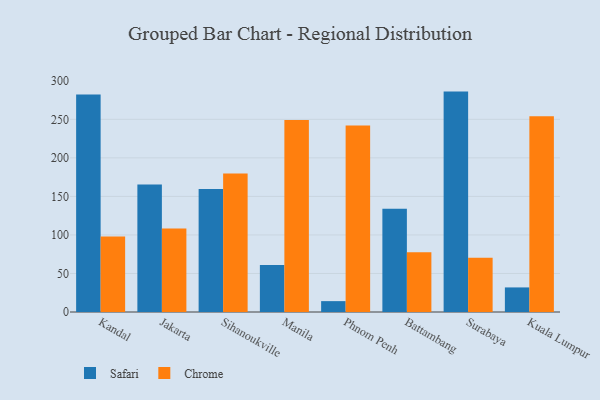
{"axis": {"x": "City", "y": "Operating Costs (USD K)"}, "legend": ["Chrome", "Safari"], "data": [{"x": "Kandal", "y": 282.1, "type": "Safari"}, {"x": "Kandal", "y": 98.1, "type": "Chrome"}, {"x": "Jakarta", "y": 165.3, "type": "Safari"}, {"x": "Jakarta", "y": 108.4, "type": "Chrome"}, {"x": "Sihanoukville", "y": 159.5, "type": "Safari"}, {"x": "Sihanoukville", "y": 179.6, "type": "Chrome"}, {"x": "Manila", "y": 61.1, "type": "Safari"}, {"x": "Manila", "y": 249.1, "type": "Chrome"}, {"x": "Phnom Penh", "y": 14.1, "type": "Safari"}, {"x": "Phnom Penh", "y": 242.1, "type": "Chrome"}, {"x": "Battambang", "y": 134.0, "type": "Safari"}, {"x": "Battambang", "y": 77.6, "type": "Chrome"}, {"x": "Surabaya", "y": 286.0, "type": "Safari"}, {"x": "Surabaya", "y": 70.5, "type": "Chrome"}, {"x": "Kuala Lumpur", "y": 31.9, "type": "Safari"}, {"x": "Kuala Lumpur", "y": 254.0, "type": "Chrome"}]}